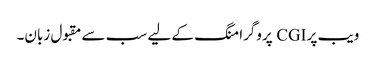
ویب پر CGI پروگرامنگ کے لیے سب سے مقبول زبان۔